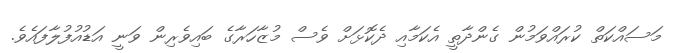
މަސައްކަތް ކުރައްވަމުން ގެންދާތީ އެކަމާއި ދެކޮޅަށް ވެސް މުޒާހަރާގެ ބައިވެރިން ވަނީ އަޑުއުފުލާފައެވެ.